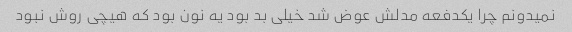
نمیدونم چرا یکدفعه مدلش عوض شد خیلی بد بود یه نون بود که هیچی روش نبود